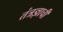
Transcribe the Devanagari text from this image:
तंत्रज्ञाची